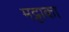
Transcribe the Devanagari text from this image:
मट्टाका